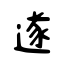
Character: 遂